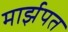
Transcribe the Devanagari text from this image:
मार्झपत